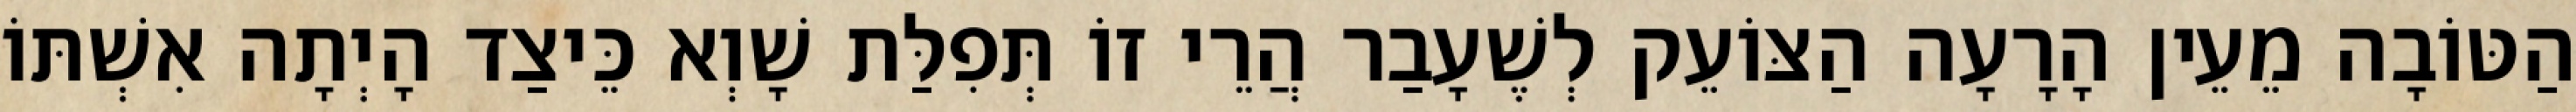
הַטּוֹבָה מֵעֵין הָרָעָה הַצּוֹעֵק לְשֶׁעָבַר הֲרֵי זוֹ תְּפִלַּת שָׁוְא כֵּיצַד הָיְתָה אִשְׁתּוֹ